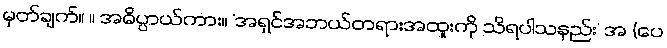
မှတ်ချက်။ ။ အဓိပ္ပာယ်ကား။ ‘အရှင်အဘယ်တရားအထူးကို သိရပါသနည်း’ အ (ပေ